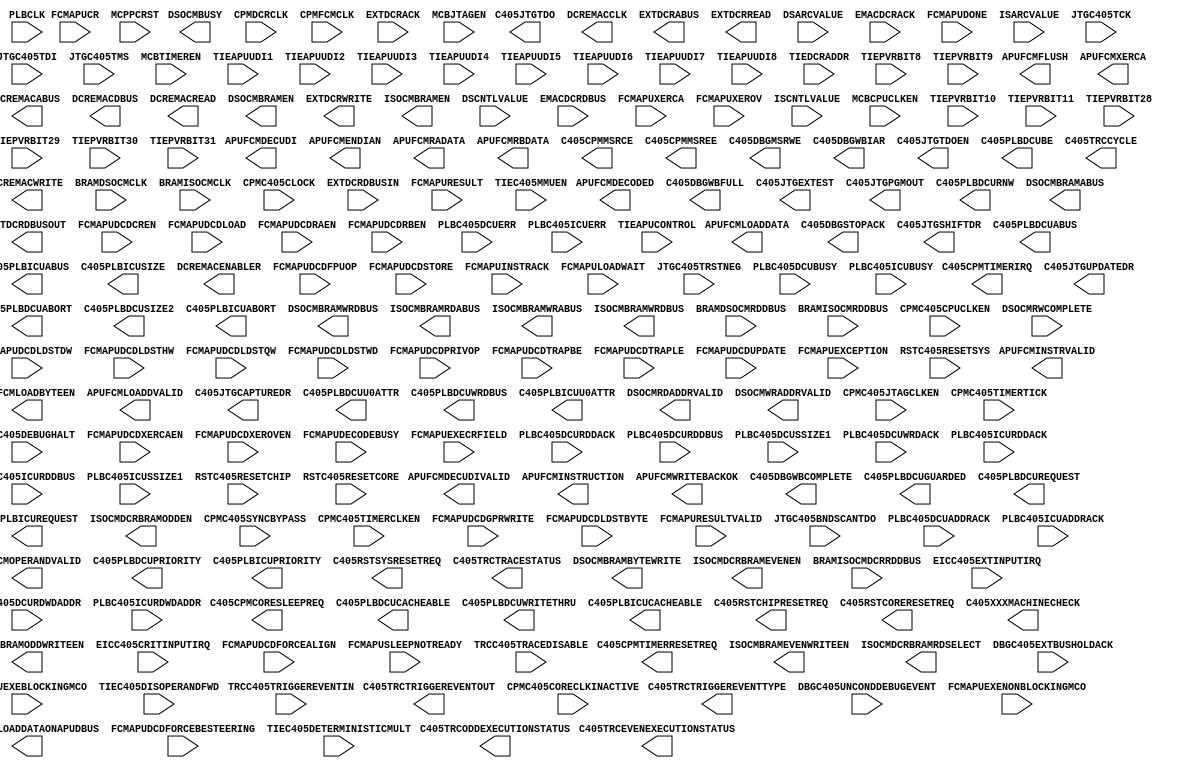
// $Header: /devl/xcs/repo/env/Databases/CAEInterfaces/verplex_libs/data/simprims/Attic/X_PPC405_ADV.v,v 1.1.2.1 2004/09/28 20:47:46 wloo Exp $

`timescale 1 ps / 1 ps

module X_PPC405_ADV (
	APUFCMDECODED,
	APUFCMDECUDI,
	APUFCMDECUDIVALID,
	APUFCMENDIAN,
	APUFCMFLUSH,
	APUFCMINSTRUCTION,
	APUFCMINSTRVALID,
	APUFCMLOADBYTEEN,
	APUFCMLOADDATA,
	APUFCMLOADDVALID,
	APUFCMOPERANDVALID,
	APUFCMRADATA,
	APUFCMRBDATA,
	APUFCMWRITEBACKOK,
	APUFCMXERCA,
	C405CPMCORESLEEPREQ,
	C405CPMMSRCE,
	C405CPMMSREE,
	C405CPMTIMERIRQ,
	C405CPMTIMERRESETREQ,
	C405DBGLOADDATAONAPUDBUS,
	C405DBGMSRWE,
	C405DBGSTOPACK,
	C405DBGWBCOMPLETE,
	C405DBGWBFULL,
	C405DBGWBIAR,
	C405JTGCAPTUREDR,
	C405JTGEXTEST,
	C405JTGPGMOUT,
	C405JTGSHIFTDR,
	C405JTGTDO,
	C405JTGTDOEN,
	C405JTGUPDATEDR,
	C405PLBDCUABORT,
	C405PLBDCUABUS,
	C405PLBDCUBE,
	C405PLBDCUCACHEABLE,
	C405PLBDCUGUARDED,
	C405PLBDCUPRIORITY,
	C405PLBDCUREQUEST,
	C405PLBDCURNW,
	C405PLBDCUSIZE2,
	C405PLBDCUU0ATTR,
	C405PLBDCUWRDBUS,
	C405PLBDCUWRITETHRU,
	C405PLBICUABORT,
	C405PLBICUABUS,
	C405PLBICUCACHEABLE,
	C405PLBICUPRIORITY,
	C405PLBICUREQUEST,
	C405PLBICUSIZE,
	C405PLBICUU0ATTR,
	C405RSTCHIPRESETREQ,
	C405RSTCORERESETREQ,
	C405RSTSYSRESETREQ,
	C405TRCCYCLE,
	C405TRCEVENEXECUTIONSTATUS,
	C405TRCODDEXECUTIONSTATUS,
	C405TRCTRACESTATUS,
	C405TRCTRIGGEREVENTOUT,
	C405TRCTRIGGEREVENTTYPE,
	C405XXXMACHINECHECK,
	DCREMACABUS,
	DCREMACCLK,
	DCREMACDBUS,
	DCREMACENABLER,
	DCREMACREAD,
	DCREMACWRITE,
	DSOCMBRAMABUS,
	DSOCMBRAMBYTEWRITE,
	DSOCMBRAMEN,
	DSOCMBRAMWRDBUS,
	DSOCMBUSY,
	DSOCMRDADDRVALID,
	DSOCMWRADDRVALID,
	EXTDCRABUS,
	EXTDCRDBUSOUT,
	EXTDCRREAD,
	EXTDCRWRITE,
	ISOCMBRAMEN,
	ISOCMBRAMEVENWRITEEN,
	ISOCMBRAMODDWRITEEN,
	ISOCMBRAMRDABUS,
	ISOCMBRAMWRABUS,
	ISOCMBRAMWRDBUS,
	ISOCMDCRBRAMEVENEN,
	ISOCMDCRBRAMODDEN,
	ISOCMDCRBRAMRDSELECT,
	BRAMDSOCMCLK,
	BRAMDSOCMRDDBUS,
	BRAMISOCMCLK,
	BRAMISOCMDCRRDDBUS,
	BRAMISOCMRDDBUS,
	CPMC405CLOCK,
	CPMC405CORECLKINACTIVE,
	CPMC405CPUCLKEN,
	CPMC405JTAGCLKEN,
	CPMC405SYNCBYPASS,
	CPMC405TIMERCLKEN,
	CPMC405TIMERTICK,
	CPMDCRCLK,
	CPMFCMCLK,
	DBGC405DEBUGHALT,
	DBGC405EXTBUSHOLDACK,
	DBGC405UNCONDDEBUGEVENT,
	DSARCVALUE,
	DSCNTLVALUE,
	DSOCMRWCOMPLETE,
	EICC405CRITINPUTIRQ,
	EICC405EXTINPUTIRQ,
	EMACDCRACK,
	EMACDCRDBUS,
	EXTDCRACK,
	EXTDCRDBUSIN,
	FCMAPUCR,
	FCMAPUDCDCREN,
	FCMAPUDCDFORCEALIGN,
	FCMAPUDCDFORCEBESTEERING,
	FCMAPUDCDFPUOP,
	FCMAPUDCDGPRWRITE,
	FCMAPUDCDLDSTBYTE,
	FCMAPUDCDLDSTDW,
	FCMAPUDCDLDSTHW,
	FCMAPUDCDLDSTQW,
	FCMAPUDCDLDSTWD,
	FCMAPUDCDLOAD,
	FCMAPUDCDPRIVOP,
	FCMAPUDCDRAEN,
	FCMAPUDCDRBEN,
	FCMAPUDCDSTORE,
	FCMAPUDCDTRAPBE,
	FCMAPUDCDTRAPLE,
	FCMAPUDCDUPDATE,
	FCMAPUDCDXERCAEN,
	FCMAPUDCDXEROVEN,
	FCMAPUDECODEBUSY,
	FCMAPUDONE,
	FCMAPUEXCEPTION,
	FCMAPUEXEBLOCKINGMCO,
	FCMAPUEXECRFIELD,
	FCMAPUEXENONBLOCKINGMCO,
	FCMAPUINSTRACK,
	FCMAPULOADWAIT,
	FCMAPURESULT,
	FCMAPURESULTVALID,
	FCMAPUSLEEPNOTREADY,
	FCMAPUXERCA,
	FCMAPUXEROV,
	ISARCVALUE,
	ISCNTLVALUE,
	JTGC405BNDSCANTDO,
	JTGC405TCK,
	JTGC405TDI,
	JTGC405TMS,
	JTGC405TRSTNEG,
	MCBCPUCLKEN,
	MCBJTAGEN,
	MCBTIMEREN,
	MCPPCRST,
	PLBC405DCUADDRACK,
	PLBC405DCUBUSY,
	PLBC405DCUERR,
	PLBC405DCURDDACK,
	PLBC405DCURDDBUS,
	PLBC405DCURDWDADDR,
	PLBC405DCUSSIZE1,
	PLBC405DCUWRDACK,
	PLBC405ICUADDRACK,
	PLBC405ICUBUSY,
	PLBC405ICUERR,
	PLBC405ICURDDACK,
	PLBC405ICURDDBUS,
	PLBC405ICURDWDADDR,
	PLBC405ICUSSIZE1,
	PLBCLK,
	RSTC405RESETCHIP,
	RSTC405RESETCORE,
	RSTC405RESETSYS,
	TIEAPUCONTROL,
	TIEAPUUDI1,
	TIEAPUUDI2,
	TIEAPUUDI3,
	TIEAPUUDI4,
	TIEAPUUDI5,
	TIEAPUUDI6,
	TIEAPUUDI7,
	TIEAPUUDI8,
	TIEC405DETERMINISTICMULT,
	TIEC405DISOPERANDFWD,
	TIEC405MMUEN,
	TIEDCRADDR,
	TIEPVRBIT10,
	TIEPVRBIT11,
	TIEPVRBIT28,
	TIEPVRBIT29,
	TIEPVRBIT30,
	TIEPVRBIT31,
	TIEPVRBIT8,
	TIEPVRBIT9,
	TRCC405TRACEDISABLE,
	TRCC405TRIGGEREVENTIN
);

parameter in_delay=100;
parameter out_delay=100;
output APUFCMDECODED;
output APUFCMDECUDIVALID;
output APUFCMENDIAN;
output APUFCMFLUSH;
output APUFCMINSTRVALID;
output APUFCMLOADDVALID;
output APUFCMOPERANDVALID;
output APUFCMWRITEBACKOK;
output APUFCMXERCA;
output C405CPMCORESLEEPREQ;
output C405CPMMSRCE;
output C405CPMMSREE;
output C405CPMTIMERIRQ;
output C405CPMTIMERRESETREQ;
output C405DBGLOADDATAONAPUDBUS;
output C405DBGMSRWE;
output C405DBGSTOPACK;
output C405DBGWBCOMPLETE;
output C405DBGWBFULL;
output C405JTGCAPTUREDR;
output C405JTGEXTEST;
output C405JTGPGMOUT;
output C405JTGSHIFTDR;
output C405JTGTDO;
output C405JTGTDOEN;
output C405JTGUPDATEDR;
output C405PLBDCUABORT;
output C405PLBDCUCACHEABLE;
output C405PLBDCUGUARDED;
output C405PLBDCUREQUEST;
output C405PLBDCURNW;
output C405PLBDCUSIZE2;
output C405PLBDCUU0ATTR;
output C405PLBDCUWRITETHRU;
output C405PLBICUABORT;
output C405PLBICUCACHEABLE;
output C405PLBICUREQUEST;
output C405PLBICUU0ATTR;
output C405RSTCHIPRESETREQ;
output C405RSTCORERESETREQ;
output C405RSTSYSRESETREQ;
output C405TRCCYCLE;
output C405TRCTRIGGEREVENTOUT;
output C405XXXMACHINECHECK;
output DCREMACCLK;
output DCREMACENABLER;
output DCREMACREAD;
output DCREMACWRITE;
output DSOCMBRAMEN;
output DSOCMBUSY;
output DSOCMRDADDRVALID;
output DSOCMWRADDRVALID;
output EXTDCRREAD;
output EXTDCRWRITE;
output ISOCMBRAMEN;
output ISOCMBRAMEVENWRITEEN;
output ISOCMBRAMODDWRITEEN;
output ISOCMDCRBRAMEVENEN;
output ISOCMDCRBRAMODDEN;
output ISOCMDCRBRAMRDSELECT;
output [0:10] C405TRCTRIGGEREVENTTYPE;
output [0:1] C405PLBDCUPRIORITY;
output [0:1] C405PLBICUPRIORITY;
output [0:1] C405TRCEVENEXECUTIONSTATUS;
output [0:1] C405TRCODDEXECUTIONSTATUS;
output [0:29] C405DBGWBIAR;
output [0:29] C405PLBICUABUS;
output [0:2] APUFCMDECUDI;
output [0:31] APUFCMINSTRUCTION;
output [0:31] APUFCMLOADDATA;
output [0:31] APUFCMRADATA;
output [0:31] APUFCMRBDATA;
output [0:31] C405PLBDCUABUS;
output [0:31] DCREMACDBUS;
output [0:31] DSOCMBRAMWRDBUS;
output [0:31] EXTDCRDBUSOUT;
output [0:31] ISOCMBRAMWRDBUS;
output [0:3] APUFCMLOADBYTEEN;
output [0:3] C405TRCTRACESTATUS;
output [0:3] DSOCMBRAMBYTEWRITE;
output [0:63] C405PLBDCUWRDBUS;
output [0:7] C405PLBDCUBE;
output [0:9] EXTDCRABUS;
output [2:3] C405PLBICUSIZE;
output [8:28] ISOCMBRAMRDABUS;
output [8:28] ISOCMBRAMWRABUS;
output [8:29] DSOCMBRAMABUS;
output [8:9] DCREMACABUS;
input BRAMDSOCMCLK;
input BRAMISOCMCLK;
input CPMC405CLOCK;
input CPMC405CORECLKINACTIVE;
input CPMC405CPUCLKEN;
input CPMC405JTAGCLKEN;
input CPMC405SYNCBYPASS;
input CPMC405TIMERCLKEN;
input CPMC405TIMERTICK;
input CPMDCRCLK;
input CPMFCMCLK;
input DBGC405DEBUGHALT;
input DBGC405EXTBUSHOLDACK;
input DBGC405UNCONDDEBUGEVENT;
input DSOCMRWCOMPLETE;
input EICC405CRITINPUTIRQ;
input EICC405EXTINPUTIRQ;
input EMACDCRACK;
input EXTDCRACK;
input FCMAPUDCDCREN;
input FCMAPUDCDFORCEALIGN;
input FCMAPUDCDFORCEBESTEERING;
input FCMAPUDCDFPUOP;
input FCMAPUDCDGPRWRITE;
input FCMAPUDCDLDSTBYTE;
input FCMAPUDCDLDSTDW;
input FCMAPUDCDLDSTHW;
input FCMAPUDCDLDSTQW;
input FCMAPUDCDLDSTWD;
input FCMAPUDCDLOAD;
input FCMAPUDCDPRIVOP;
input FCMAPUDCDRAEN;
input FCMAPUDCDRBEN;
input FCMAPUDCDSTORE;
input FCMAPUDCDTRAPBE;
input FCMAPUDCDTRAPLE;
input FCMAPUDCDUPDATE;
input FCMAPUDCDXERCAEN;
input FCMAPUDCDXEROVEN;
input FCMAPUDECODEBUSY;
input FCMAPUDONE;
input FCMAPUEXCEPTION;
input FCMAPUEXEBLOCKINGMCO;
input FCMAPUEXENONBLOCKINGMCO;
input FCMAPUINSTRACK;
input FCMAPULOADWAIT;
input FCMAPURESULTVALID;
input FCMAPUSLEEPNOTREADY;
input FCMAPUXERCA;
input FCMAPUXEROV;
input JTGC405BNDSCANTDO;
input JTGC405TCK;
input JTGC405TDI;
input JTGC405TMS;
input JTGC405TRSTNEG;
input MCBCPUCLKEN;
input MCBJTAGEN;
input MCBTIMEREN;
input MCPPCRST;
input PLBC405DCUADDRACK;
input PLBC405DCUBUSY;
input PLBC405DCUERR;
input PLBC405DCURDDACK;
input PLBC405DCUSSIZE1;
input PLBC405DCUWRDACK;
input PLBC405ICUADDRACK;
input PLBC405ICUBUSY;
input PLBC405ICUERR;
input PLBC405ICURDDACK;
input PLBC405ICUSSIZE1;
input PLBCLK;
input RSTC405RESETCHIP;
input RSTC405RESETCORE;
input RSTC405RESETSYS;
input TIEC405DETERMINISTICMULT;
input TIEC405DISOPERANDFWD;
input TIEC405MMUEN;
input TIEPVRBIT10;
input TIEPVRBIT11;
input TIEPVRBIT28;
input TIEPVRBIT29;
input TIEPVRBIT30;
input TIEPVRBIT31;
input TIEPVRBIT8;
input TIEPVRBIT9;
input TRCC405TRACEDISABLE;
input TRCC405TRIGGEREVENTIN;
input [0:15] TIEAPUCONTROL;
input [0:23] TIEAPUUDI1;
input [0:23] TIEAPUUDI2;
input [0:23] TIEAPUUDI3;
input [0:23] TIEAPUUDI4;
input [0:23] TIEAPUUDI5;
input [0:23] TIEAPUUDI6;
input [0:23] TIEAPUUDI7;
input [0:23] TIEAPUUDI8;
input [0:2] FCMAPUEXECRFIELD;
input [0:31] BRAMDSOCMRDDBUS;
input [0:31] BRAMISOCMDCRRDDBUS;
input [0:31] EMACDCRDBUS;
input [0:31] EXTDCRDBUSIN;
input [0:31] FCMAPURESULT;
input [0:3] FCMAPUCR;
input [0:5] TIEDCRADDR;
input [0:63] BRAMISOCMRDDBUS;
input [0:63] PLBC405DCURDDBUS;
input [0:63] PLBC405ICURDDBUS;
input [0:7] DSARCVALUE;
input [0:7] DSCNTLVALUE;
input [0:7] ISARCVALUE;
input [0:7] ISCNTLVALUE;
input [1:3] PLBC405DCURDWDADDR;
input [1:3] PLBC405ICURDWDADDR;

endmodule